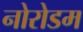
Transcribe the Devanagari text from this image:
नोरोडम